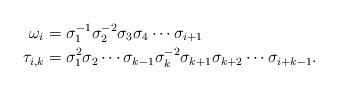
LaTeX: \begin{align*}\omega_{i} & = \sigma_{1}^{-1}\sigma_{2}^{-2}\sigma_{3}\sigma_{4}\cdots\sigma_{i+1}\\\tau_{i,k} & = \sigma_{1}^{2}\sigma_{2}\cdots\sigma_{k-1}\sigma_{k}^{-2}\sigma_{k+1}\sigma_{k+2}\cdots\sigma_{i+k-1}.\end{align*}